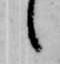
候